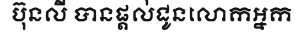
ប៊ុនលី បានផ្តល់ជូនលោកអ្នក